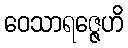
ဝေသာရဇ္ဇေဟိ